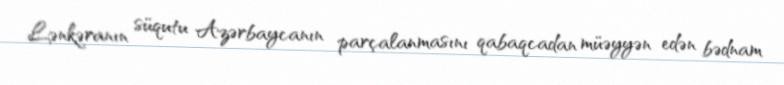
Lənkəranın süqutu Azərbaycanın parçalanmasını qabaqcadan müəyyən edən bədnam